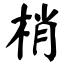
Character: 梢